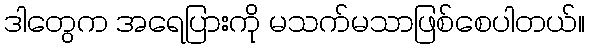
ဒါတွေက အရေပြားကို မသက်မသာဖြစ်စေပါတယ်။